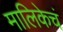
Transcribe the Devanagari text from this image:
मालिकेचं